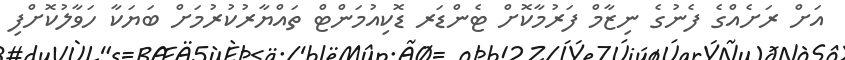
އަށް ރަށެއްގެ ފެނުގެ ނިޒާމް ފަރުމާކޮށް ޓެންޑަރ ޑޮކިއުމަންޓް ތައްޔާރުކުރުމަށް ބަޔަކާ ހަވާލުކޮށްފި